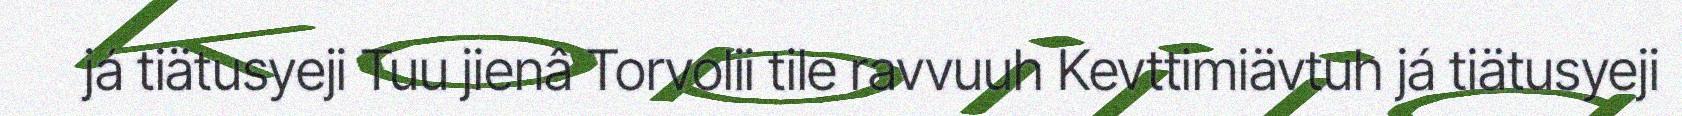
já tiätusyeji Tuu jienâ Torvolii tile ravvuuh Kevttimiävtuh já tiätusyeji